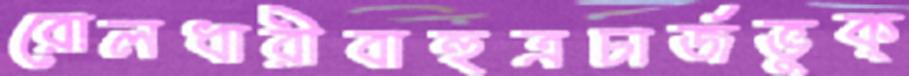
রোলধারীবাহুত্রচার্জভুক্